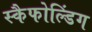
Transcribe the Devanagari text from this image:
स्कैफोल्डिंग